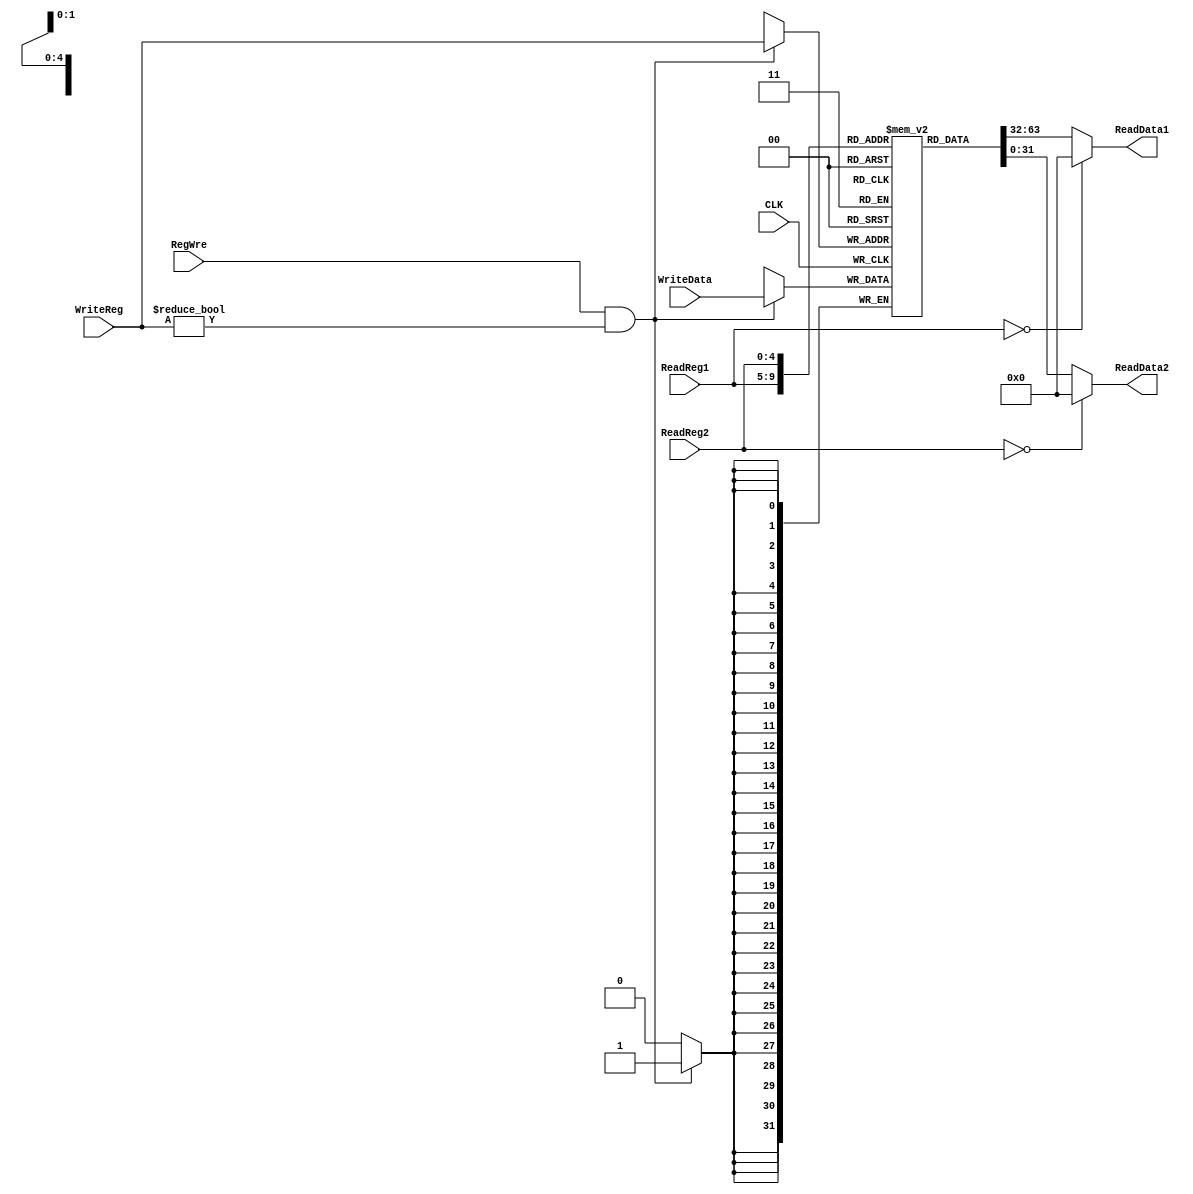
`timescale 1ns / 1ps
//////////////////////////////////////////////////////////////////////////////////
// Company: 
// Engineer: 
// 
// Design Name: 
// Module Name: RegFile
// Project Name: 
// Target Devices: 
// Tool Versions: 
// Description: 
// 
// Dependencies: 
// 
// Revision:
// Revision 0.01 - File Created
// Additional Comments:
// 
//////////////////////////////////////////////////////////////////////////////////


module RegFile(
    input CLK,
    input RegWre,
    input [4:0] ReadReg1,
    input [4:0] ReadReg2,
    input [4:0] WriteReg,
    input [31:0] WriteData,
    output [31:0] ReadData1,
    output [31:0] ReadData2
    );
    reg [31:0] regFile[1:31]; // reg 
    integer i;
    initial begin
        for (i = 1; i < 32; i = i + 1) regFile[i] <= 0;
    end

    assign ReadData1 = (ReadReg1 == 0) ? 0 : regFile[ReadReg1]; // 
    assign ReadData2 = (ReadReg2 == 0) ? 0 : regFile[ReadReg2];
    always @ (negedge CLK) begin // 
        if(RegWre == 1 && WriteReg != 0) // WriteReg != 0$0 
            regFile[WriteReg] <= WriteData; // 
    end
endmodule